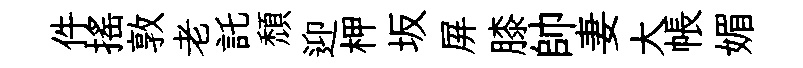
件揺敦老託頹迎柙坂屏膝帥妻大帳媚